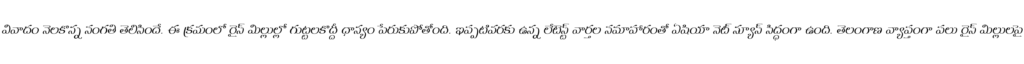
వివాదం నెలకొన్న సంగతి తెలిసిందే. ఈ క్రమంలో రైస్ మిల్లుల్లో గుట్టలకొద్దీ ధాన్యం పేరుకుపోతోంది. ఇప్పటివరకు ఉన్న లేటెస్ట్ వార్తల సమాహారంతో ఏషియా నెట్ న్యూస్ సిద్ధంగా ఉంది. తెలంగాణ వ్యాప్తంగా పలు రైస్ మిల్లులపై